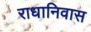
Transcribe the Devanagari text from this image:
राधानिवास